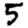
Digit: 5